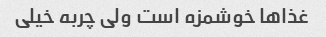
غذاها خوشمزه است ولی چربه خیلی